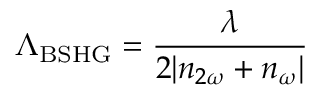
\Lambda _ { \mathrm { B S H G } } = \frac { \lambda } { 2 | n _ { 2 \omega } + n _ { \omega } | }